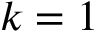
k = 1